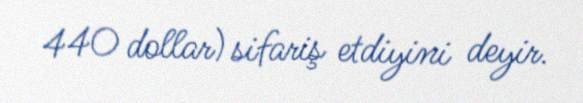
440 dollar) sifariş etdiyini deyir.